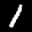
Label: 1